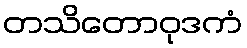
တသိတောဝုဒကံ